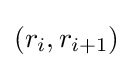
(r_{i},r_{i+1})